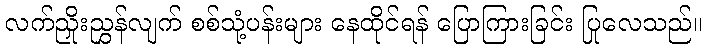
လက်ညှိုးညွှန်လျက် စစ်သုံ့ပန်းများ နေထိုင်ရန် ပြောကြားခြင်း ပြုလေသည်။